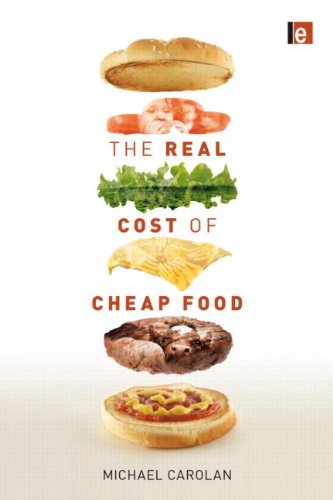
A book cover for The Real Cost of Cheap Food; Michael Carolan; Science & Math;